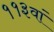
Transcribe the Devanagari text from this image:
११३वां